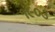
૧૯૦૩